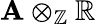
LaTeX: \mathbf{A}\otimes_{\mathbb{Z}}\mathbb{R}